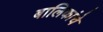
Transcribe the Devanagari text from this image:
बालिकांचे